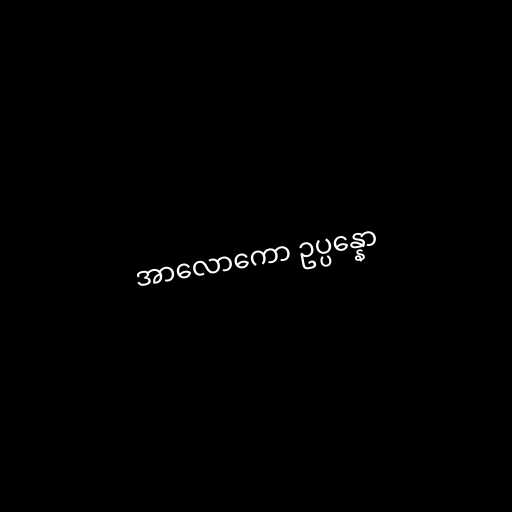
အာလောကော ဥပ္ပန္နော